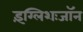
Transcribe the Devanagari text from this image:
इंग्लिशःजॉन